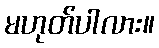
မဟုတ်ပါလား။